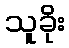
သူခိုး